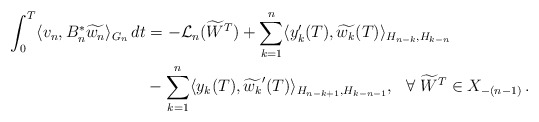
\begin{align*} \int_0^T \langle v_n, B_n^{\ast}\widetilde{w_n}\rangle_{G_n} \,dt &= - \mathcal{L}_n(\widetilde{W}^T) + \displaystyle{\sum_{k=1}^n \langle y_k^{\prime}(T), \widetilde{w_k}(T)\rangle_{H_{n-k},H_{k-n}} } \\&- \displaystyle{\sum_{k=1}^n \langle y_k(T), \widetilde{w_k}^{\prime}(T)\rangle_{H_{n-k+1},H_{k-n-1}}} , \ \ \forall \ \widetilde{W}^T \in X_{-(n-1)}\,.\end{align*}